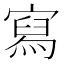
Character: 寫